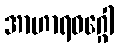
အာဟာရဝဂ္ဂေါ